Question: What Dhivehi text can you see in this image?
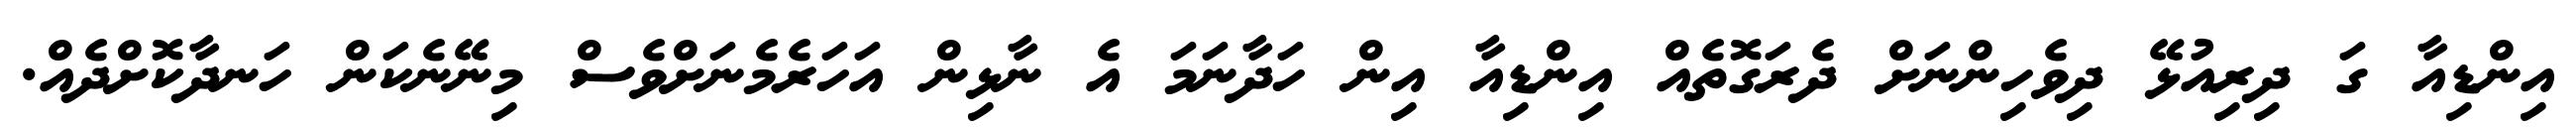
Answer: އިންޑިއާ ގަ ދިރިއުޅޭ ދިވެހިންނަށް ދެރަގޮތެއް އިންޑިއާ އިން ހަދާނަމަ އެ ނާޅިން އަހަރެމެނަށްވެސް މިނޭނެކަން ހަނދާކޮށްދެއް.